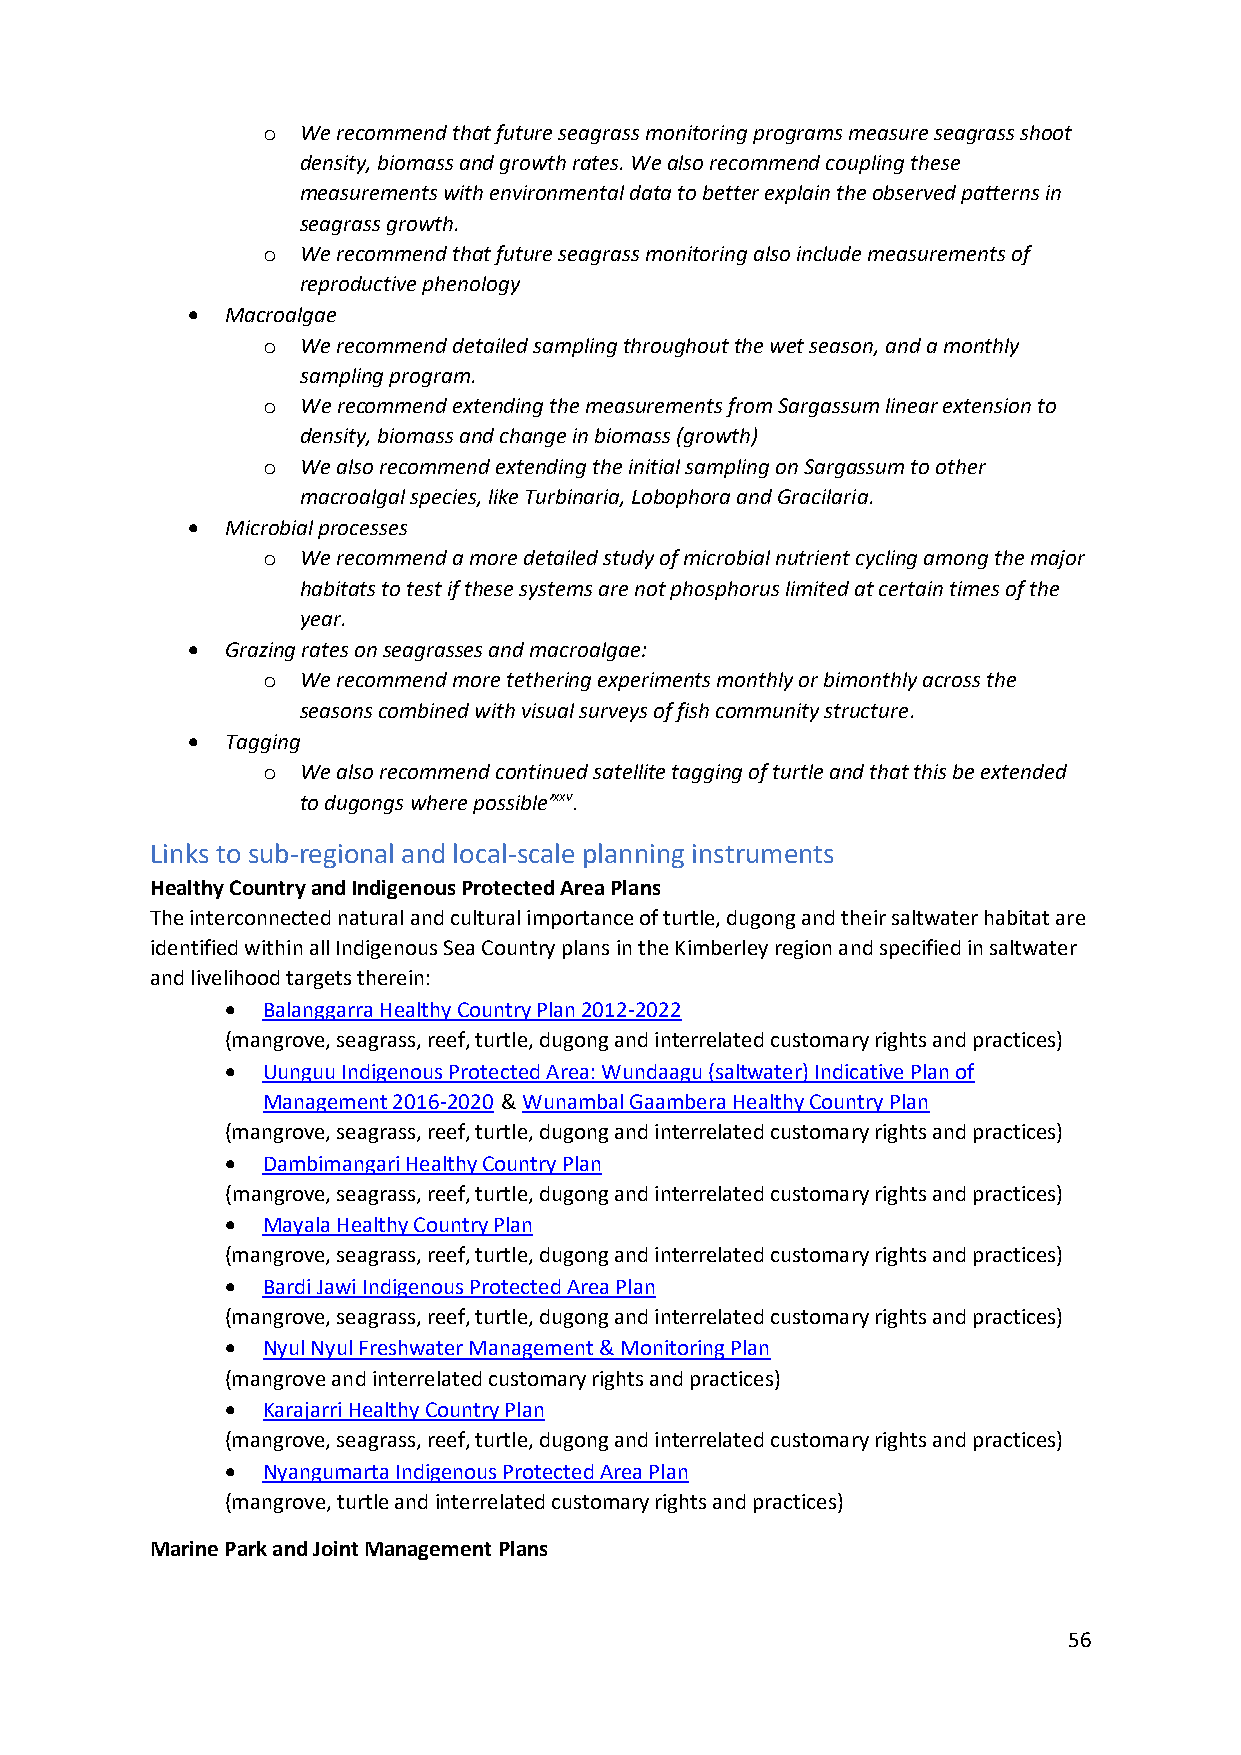
o  We recommend that future seagrass monitoring programs measure seagrass shoot
 density, biomass and growth rates. We also recommend coupling these
 measurements with environmental data to better explain the observed patterns in
 seagrass growth.
 o  We recommend that future seagrass monitoring also include measurements of
 reproductive phenology
 •  Macroalgae
 o  We recommend detailed sampling throughout the wet season, and a monthly
 sampling program.
 o  We recommend extending the measurements from Sargassum linear extension to
 density, biomass and change in biomass (growth)
 o  We also recommend extending the initial sampling on Sargassum to other
 macroalgal species, like Turbinaria, Lobophora and Gracilaria.
 •  Microbial processes
 o  We recommend a more detailed study of microbial nutrient cycling among the major
 habitats to test if these systems are not phosphorus limited at certain times of the
 year.
 •  Grazing rates on seagrasses and macroalgae:
 o  We recommend more tethering experiments monthly or bimonthly across the
 seasons combined with visual surveys of fish community structure.
 •  Tagging
 o  We also recommend continued satellite tagging of turtle and that this be extended
 to dugongs where possible’xxv.
 Links to sub-regional and local-scale planning instruments
 Healthy Country and Indigenous Protected Area Plans
 The interconnected natural and cultural importance of turtle, dugong and their saltwater habitat are
 identified within all Indigenous Sea Country plans in the Kimberley region and specified in saltwater
 and livelihood targets therein:
 • Balanggarra Healthy Country Plan 2012-2022
 (mangrove, seagrass, reef, turtle, dugong and interrelated customary rights and practices)
 • Uunguu Indigenous Protected Area: Wundaagu (saltwater) Indicative Plan of
 Management 2016-2020 & Wunambal Gaambera Healthy Country Plan
 (mangrove, seagrass, reef, turtle, dugong and interrelated customary rights and practices)
 • Dambimangari Healthy Country Plan
 (mangrove, seagrass, reef, turtle, dugong and interrelated customary rights and practices)
 • Mayala Healthy Country Plan
 (mangrove, seagrass, reef, turtle, dugong and interrelated customary rights and practices)
 • Bardi Jawi Indigenous Protected Area Plan
 (mangrove, seagrass, reef, turtle, dugong and interrelated customary rights and practices)
 • Nyul Nyul Freshwater Management & Monitoring Plan
 (mangrove and interrelated customary rights and practices)
 • Karajarri Healthy Country Plan
 (mangrove, seagrass, reef, turtle, dugong and interrelated customary rights and practices)
 • Nyangumarta Indigenous Protected Area Plan
 (mangrove, turtle and interrelated customary rights and practices)
 Marine Park and Joint Management Plans
 56